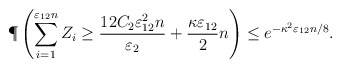
\begin{align*}\P\left(\sum_{i=1}^{\varepsilon_{12}n}Z_i \geq \frac{12C_2\varepsilon_{12}^2n}{\varepsilon_2}+ \frac{\kappa\varepsilon_{12}}{2}n\right) \leq e^{-\kappa^2\varepsilon_{12}n/8}.\end{align*}